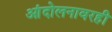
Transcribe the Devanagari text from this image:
आंदोलनावरही